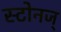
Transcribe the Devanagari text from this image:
स्टोनज्